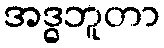
အဒ္ဓဘူတာ